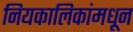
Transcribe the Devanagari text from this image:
नियकालिकांमधून